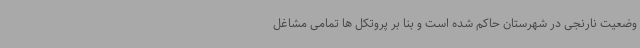
وضعیت نارنجی در شهرستان حاکم شده است و بنا بر پروتکل ها تمامی مشاغل